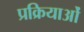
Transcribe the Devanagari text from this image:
प्रक्रियाओं